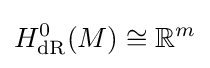
H_{\mathrm {dR} }^{0}(M)\cong \mathbb {R} ^{m}